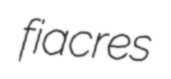
fiacres